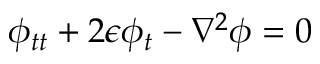
\phi _ { t t } + 2 \epsilon \phi _ { t } - \nabla ^ { 2 } \phi = 0